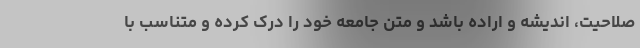
صلاحیت، اندیشه و اراده باشد و متن جامعه خود را درک کرده و متناسب با